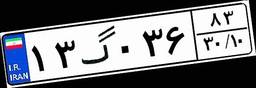
۱۳گ۰۳۶۸۳